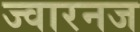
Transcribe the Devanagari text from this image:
ज्वारनज